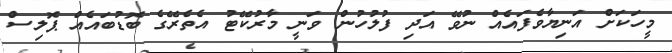
މީހަކަށް އަނިޔާވެފައެއް ނުވޭ އަދި ފުލުހުން ވަނީ މާރުކޭޓު އެތެރޭގެ ބޮޑުބައެއް ޕޮލިސް